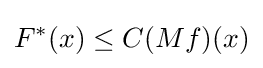
F^{*}(x)\leq C(Mf)(x)